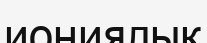
иониялық